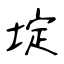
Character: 埞